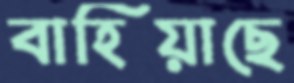
বাহিয়াছে